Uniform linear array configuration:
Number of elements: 12
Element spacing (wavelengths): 1
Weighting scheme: binomial
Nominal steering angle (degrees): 45
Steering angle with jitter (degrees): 46.691
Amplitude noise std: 0.05
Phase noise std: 0.05

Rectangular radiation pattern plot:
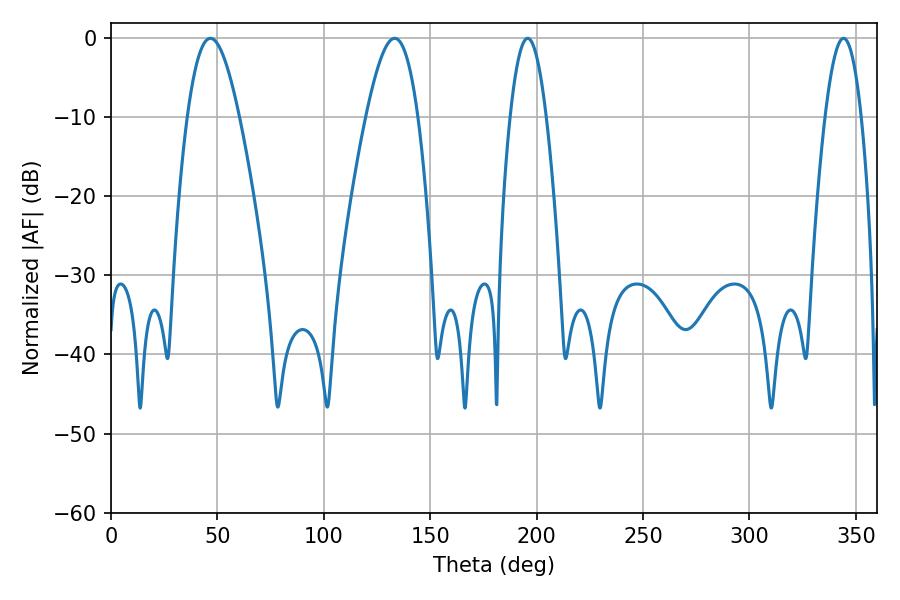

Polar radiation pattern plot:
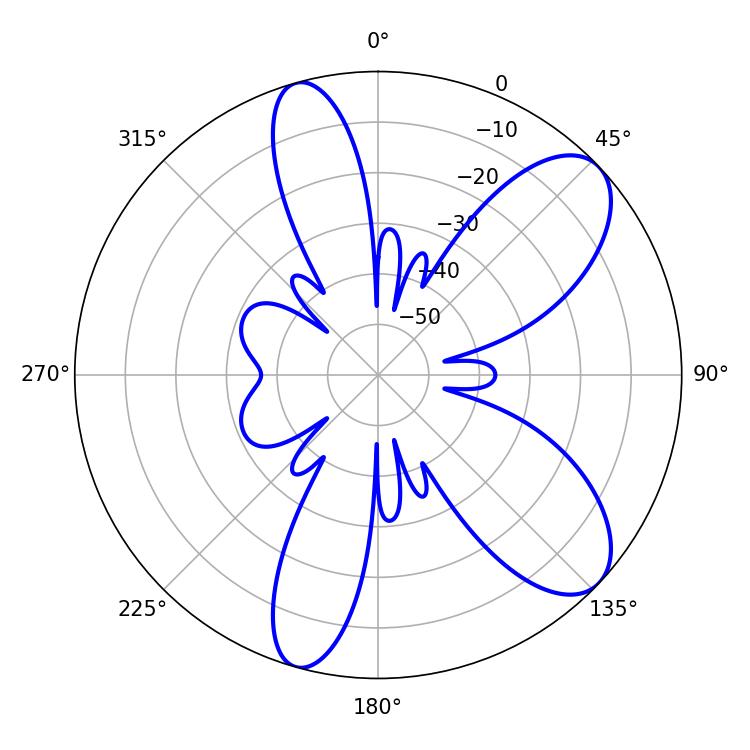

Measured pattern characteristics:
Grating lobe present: TRUE
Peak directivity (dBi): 8.685
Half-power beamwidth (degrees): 9.36
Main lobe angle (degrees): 195.84